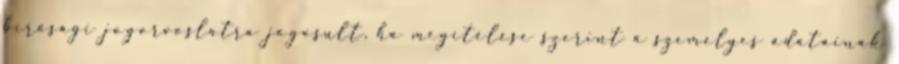
bírósági jogorvoslatra jogosult, ha megítélése szerint a személyes adatainak